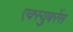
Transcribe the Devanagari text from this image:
एक्स्युबरेंस